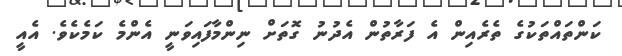
ކަންތައްތަކުގެ ތެރެއިން އެ ފަރާތުން އެދުނު ގޮތަށް ނިންމާފައިވަނީ އެންމެ ކަމެކެވެ. އެއީ